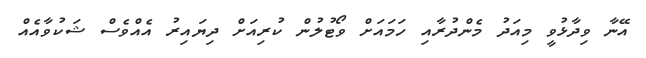
އޭނާ ވިދާޅުވީ މިއަދު މެންދުރާއި ހަމައަށް ވޯޓުލުން ކުރިއަށް ދިޔައިރު އެއްވެސް ޝަކުވާއެއް